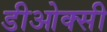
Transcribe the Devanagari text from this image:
डीओक्सी